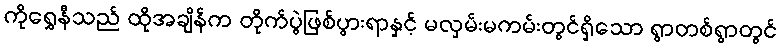
ကိုရွှေနီသည် ထိုအချိန်က တိုက်ပွဲဖြစ်ပွားရာနှင့် မလှမ်းမကမ်းတွင်ရှိသော ရွာတစ်ရွာတွင်